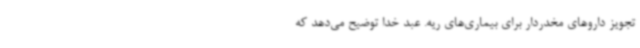
تجویز داروهای مخدردار برای بیماری‌های ریه. عبد خدا توضیح می‌دهد که